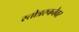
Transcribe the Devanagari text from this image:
स्तोत्ररचनेवर